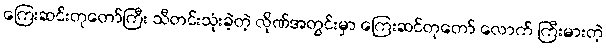
ကြေးဆင်းတုတော်ကြီး သီတင်းသုံးခဲ့တဲ့ လိုဏ်အတွင်းမှာ ကြေးဆင်တုတော် လောက် ကြီးမားတဲ့